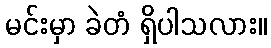
မင်းမှာ ခဲတံ ရှိပါသလား။